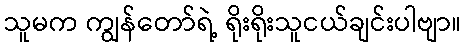
သူမက ကျွန်တော်ရဲ့ ရိုးရိုးသူငယ်ချင်းပါဗျာ။